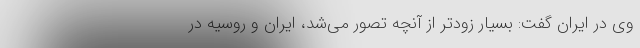
وی در ایران گفت: بسیار زودتر از آنچه تصور می‌شد، ایران و روسیه در